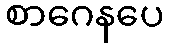
စာဂေနပေ